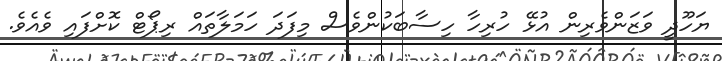
ޔަހޫދީ ވަޒަންވެރިން އުޅޭ ހުރިހާ ހިސާބަކުންވެސް މިފަދަ ހަމަލާތައް ރިޕޯޓް ކޮށްފައި ވެއެވެ.